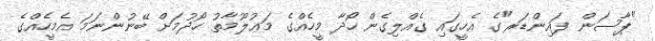
"ޕާސަން ފައިންޑަރ"ގެ އެހީގައި ގެއްލިގެން ހޯދާ މީހެއްގެ މަޢުލޫމާތު ހޯދުމަށް ބޭނުންނަމަ އެމީހެއްގެ